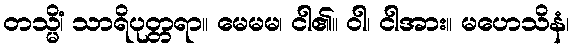
တသ္မိံ၊ သာရိပုတ္တရာ။ မေမမ၊ ငါ၏။ ဝါ၊ ငါအား။ မဟေသိနံ၊